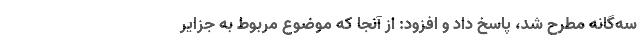
سه‌گانه مطرح شد، پاسخ داد و افزود: از آنجا که موضوع مربوط به جزایر